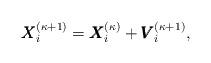
LaTeX: \begin{align*}\pmb{X}_i^{(\kappa+1)}=\pmb{X}_i^{(\kappa)}+ \pmb{V}_i^{(\kappa+1)},\end{align*}